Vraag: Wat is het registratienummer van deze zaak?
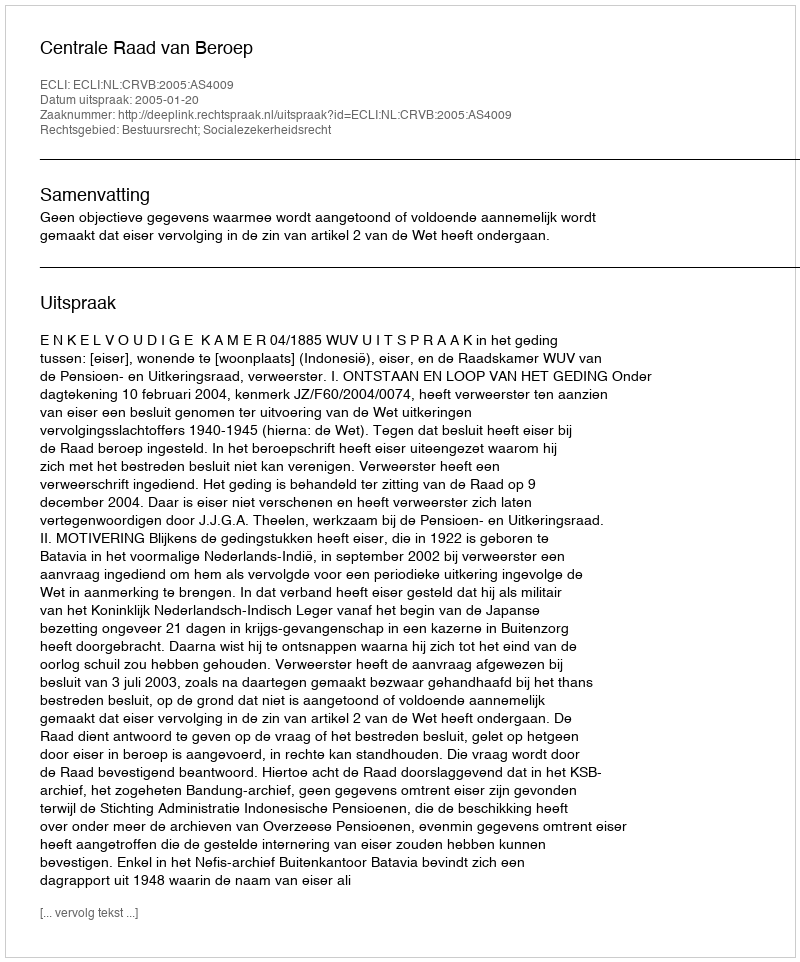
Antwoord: http://deeplink.rechtspraak.nl/uitspraak?id=ECLI:NL:CRVB:2005:AS4009